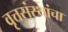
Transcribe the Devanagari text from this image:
वृत्तसंस्थांचा